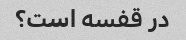
در قفسه است؟